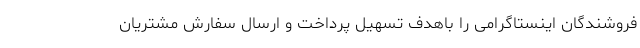
فروشندگان اینستاگرامی را باهدف تسهیل پرداخت و ارسال سفارش مشتریان